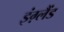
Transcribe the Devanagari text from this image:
इंग़्लैंड